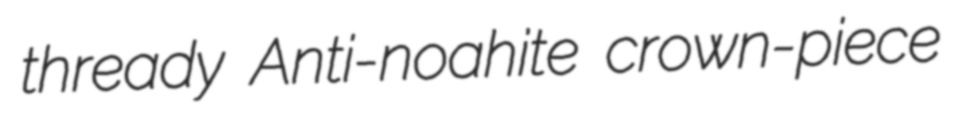
thready Anti-noahite crown-piece